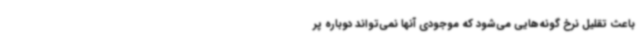
باعث تقلیل نرخ گونه‌هایی می‌شود که موجودی آنها نمی‌تواند دوباره پر